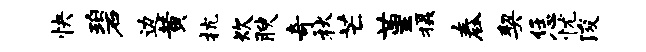
快碧边黄抗炊腴奇秋芒堇摄舂契恁忧浚